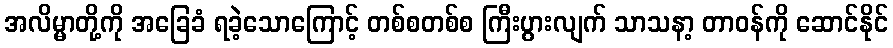
အလိမ္မာတို့ကို အခြေခံ ရခဲ့သောကြောင့် တစ်စတစ်စ ကြီးပွားလျက် သာသနာ့ တာဝန်ကို ဆောင်နိုင်